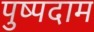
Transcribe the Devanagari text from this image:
पुष्पदाम